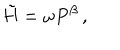
LaTeX: \tilde { H } = \omega P ^ { \beta } \, ,